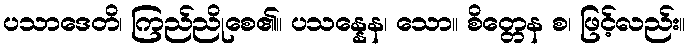
ပသာဒေတိ၊ ကြည်ညိုစေ၏။ ပသန္နေန၊ သော။ စိတ္တေန စ၊ ဖြင့်လည်း။